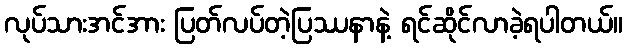
လုပ်သားအင်အား ပြတ်လပ်တဲ့ပြဿနာနဲ့ ရင်ဆိုင်လာခဲ့ရပါတယ်။